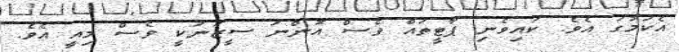
އެކަމުގަ އެވެ. ކައިވެނި ޕާޓީތައް ވެސް އޮންނަ ސީޒަނަކީ ވެސް މިއީ އެވެ.